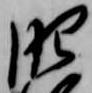
肥